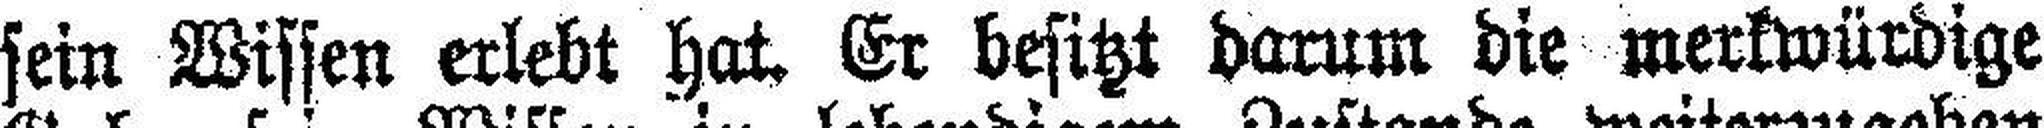
sein Wissen erlebt hat. Er besitzt darum die merkwürdige